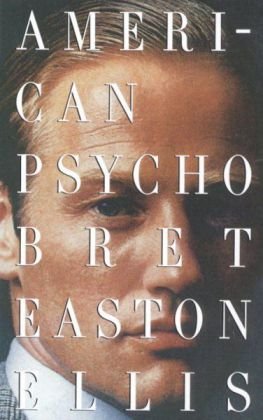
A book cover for American Psycho; Bret Easton Ellis; Literature & Fiction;